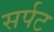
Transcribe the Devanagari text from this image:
सर्पट